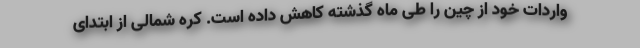
واردات خود از چین را طی ماه گذشته کاهش داده است. کره شمالی از ابتدای